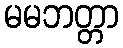
မမဘတ္တာ